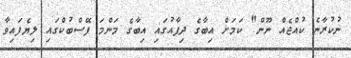
ނުކުރާނެ ކުއްޖެއް ނޫން" ކަމަށް އިބާގެ ދިފާއުގައި އިބާގެ މަންމަ ފޭސްބުކްގައި ލިޔެފައިވާ